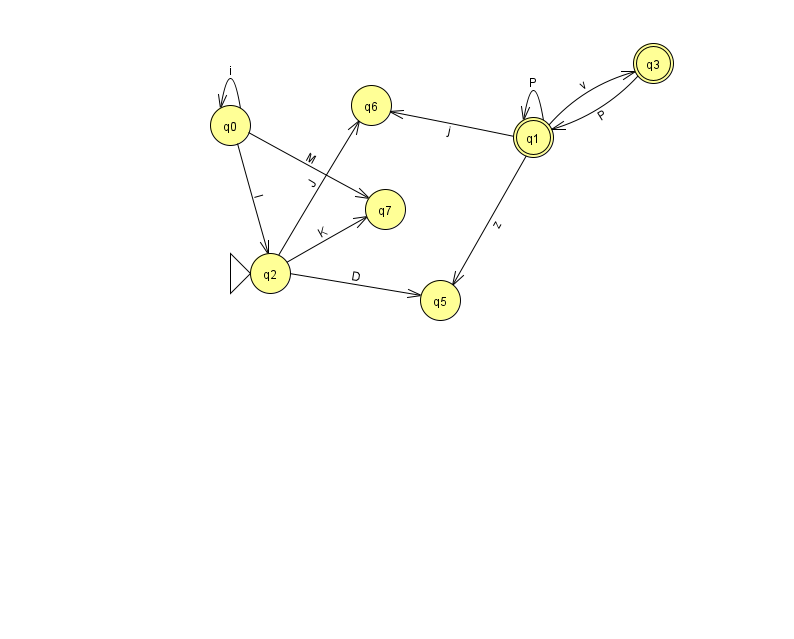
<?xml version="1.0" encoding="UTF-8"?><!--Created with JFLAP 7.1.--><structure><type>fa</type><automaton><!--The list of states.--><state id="0" name="q0"><x>230.0</x><y>112.0</y></state><state id="1" name="q1"><x>533.0</x><y>124.0</y><final/></state><state id="2" name="q2"><x>270.0</x><y>260.0</y><initial/></state><state id="3" name="q3"><x>653.0</x><y>50.0</y><final/></state><state id="5" name="q5"><x>440.0</x><y>287.0</y></state><state id="6" name="q6"><x>371.0</x><y>92.0</y></state><state id="7" name="q7"><x>385.0</x><y>196.0</y></state><!--The list of transitions.--><transition><from>1</from><to>1</to><read>P</read></transition><transition><from>1</from><to>5</to><read>z</read></transition><transition><from>2</from><to>7</to><read>K</read></transition><transition><from>3</from><to>1</to><read>P</read></transition><transition><from>0</from><to>0</to><read>i</read></transition><transition><from>1</from><to>6</to><read>j</read></transition><transition><from>2</from><to>6</to><read>J</read></transition><transition><from>0</from><to>7</to><read>M</read></transition><transition><from>2</from><to>5</to><read>D</read></transition><transition><from>1</from><to>3</to><read>v</read></transition><transition><from>0</from><to>2</to><read>l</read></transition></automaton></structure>